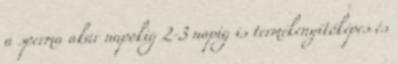
a sperma akár napokig 2-3 napig is termékenyítőképes és